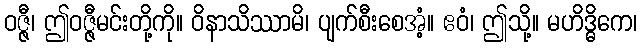
ဝဇ္ဇီ၊ ဤဝဇ္ဇီမင်းတို့ကို။ ဝိနာသိဿာမိ၊ ပျက်စီးစေအံ့။ ဧဝံ၊ ဤသို့။ မဟိဒ္ဓိကေ၊